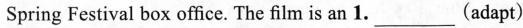
Spring Festival box office. The film is an 1.___(adapt)